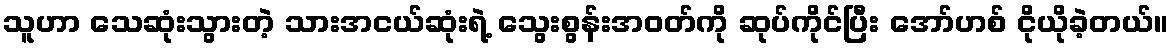
သူဟာ သေဆုံးသွားတဲ့ သားအငယ်ဆုံးရဲ့ သွေးစွန်းအဝတ်ကို ဆုပ်ကိုင်ပြီး အော်ဟစ် ငိုယိုခဲ့တယ်။